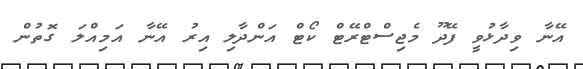
އޭނާ ވިދާޅުވީ ފޭދޫ މެޖިސްޓްރޭޓް ކޯޓް އަންދާލި އިރު އޭނާ އަމިއްލަ ގޮތުން